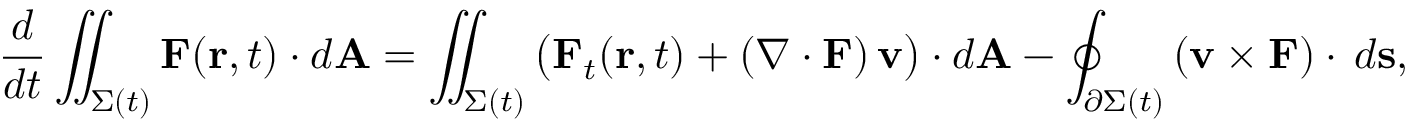
{ \frac { d } { d t } } \iint _ { \Sigma ( t ) } \mathbf { F } ( \mathbf { r } , t ) \cdot d \mathbf { A } = \iint _ { \Sigma ( t ) } { \big ( } \mathbf { F } _ { t } ( \mathbf { r } , t ) + \left( \nabla \cdot \mathbf { F } \right) \mathbf { v } { \big ) } \cdot d \mathbf { A } - \oint _ { \partial \Sigma ( t ) } \left( \mathbf { v } \times \mathbf { F } \right) \cdot \, d \mathbf { s } ,